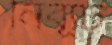
নির্ব্যূঢ়